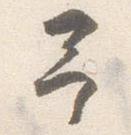
予